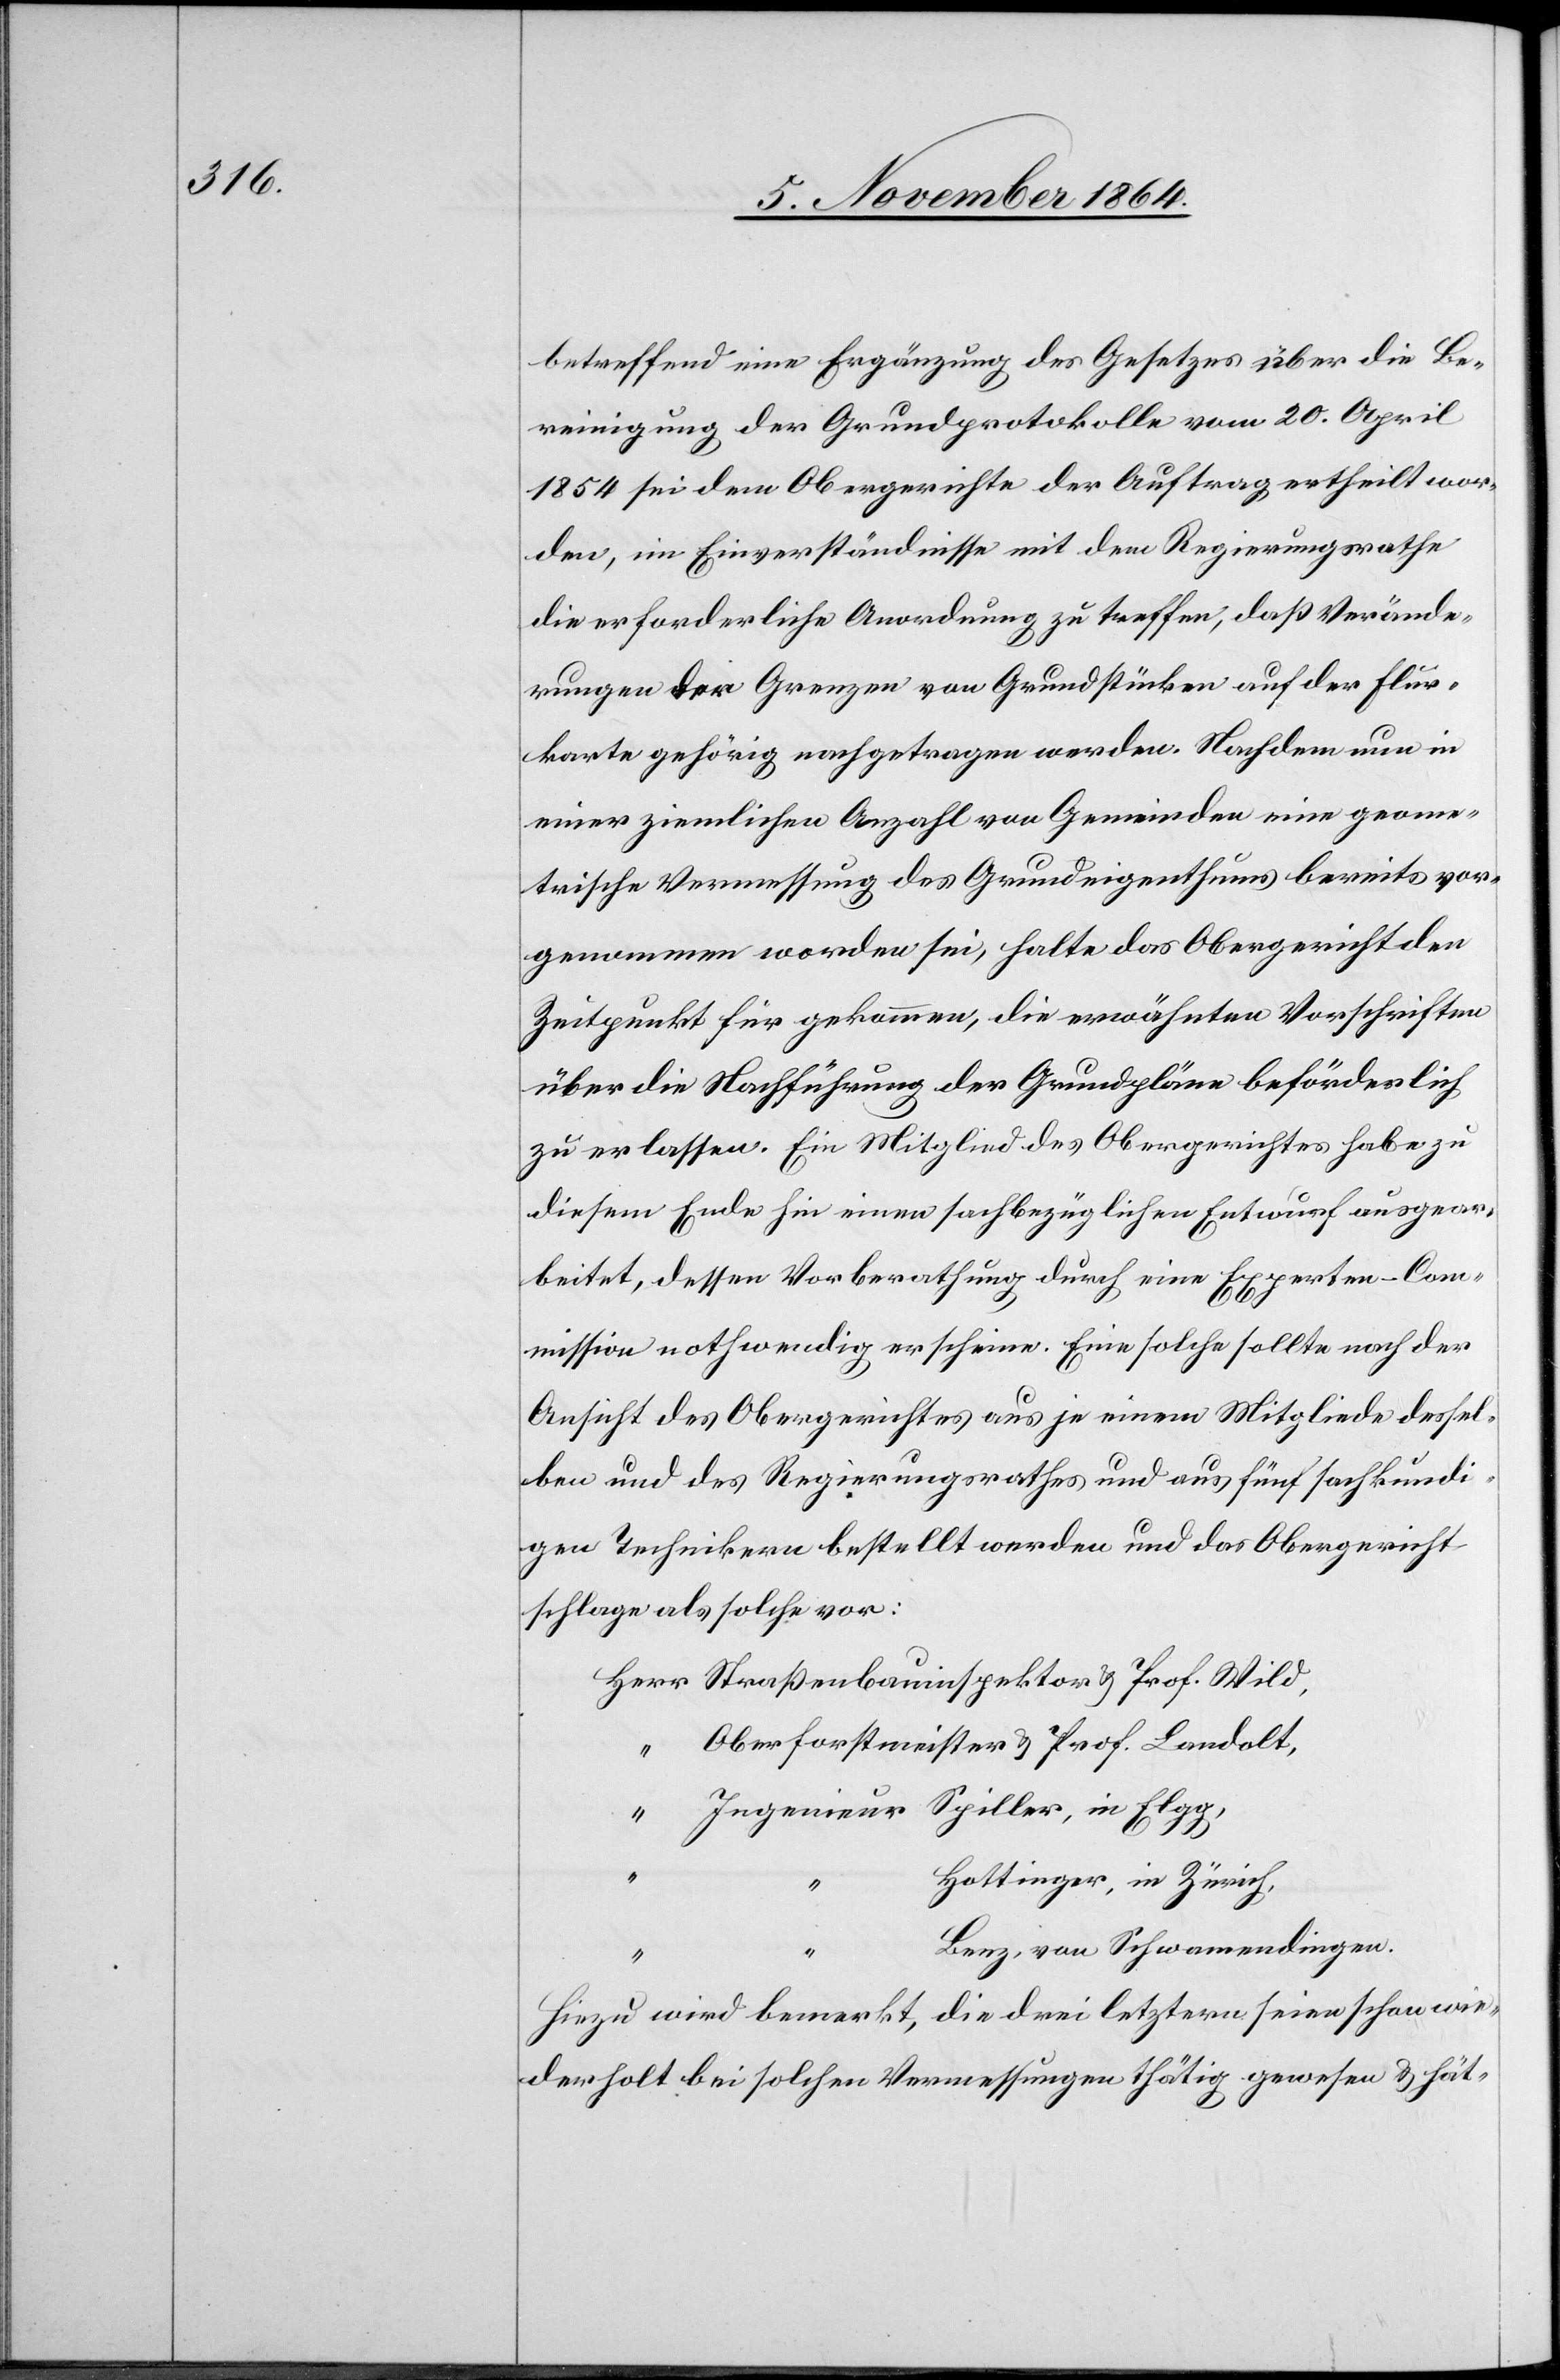
betreffend eine Ergänzung des Gesetzes über die Be¬
reinigung der Grundprotokolle vom 20. April
1854 sei dem Obergerichte der Auftrag ertheilt wor¬
den, im Einverständnisse mit dem Regierungsrathe
die erforderliche Anordnung zu treffen, daß Verände¬
rungen der Grenzen von Grundstücken auf der Flur¬
karte gehörig nachgetragen werden. Nachdem nun in
einer ziemlichen Anzahl von Gemeinden eine geome¬
trische Vermessung des Grundeigenthums bereits vor¬
genommen worden sei, halte das Obergericht den
Zeitpunkt für gekommen, die erwähnten Vorschriften
über die Nachführung der Grundpläne beförderlich
zu erlassen. Ein Mitglied des Obergerichtes habe zu
diesem Ende hin einen sachbezüglichen Entwurf ausgear¬
beitet, dessen Vorberathung durch eine Experten-Com¬
mission nothwendig erscheine. Eine solche sollte nach der
Ansicht des Obergerichtes aus je einem Mitgliede dessel¬
ben und des Regierungsrathes und aus fünf sachkundi¬
gen Technikern bestellt werden und das Obergericht
schlage als solche vor:
Oberforstmeister & Prof. Landolt,
Hottinger, in Zürich,
“
Benz, von Schwamendingen.
Hiezu wird bemerkt, die drei letztern seien schon wie¬
derholt bei solchen Vermessungen thätig gewesen & hät-